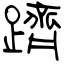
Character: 躋